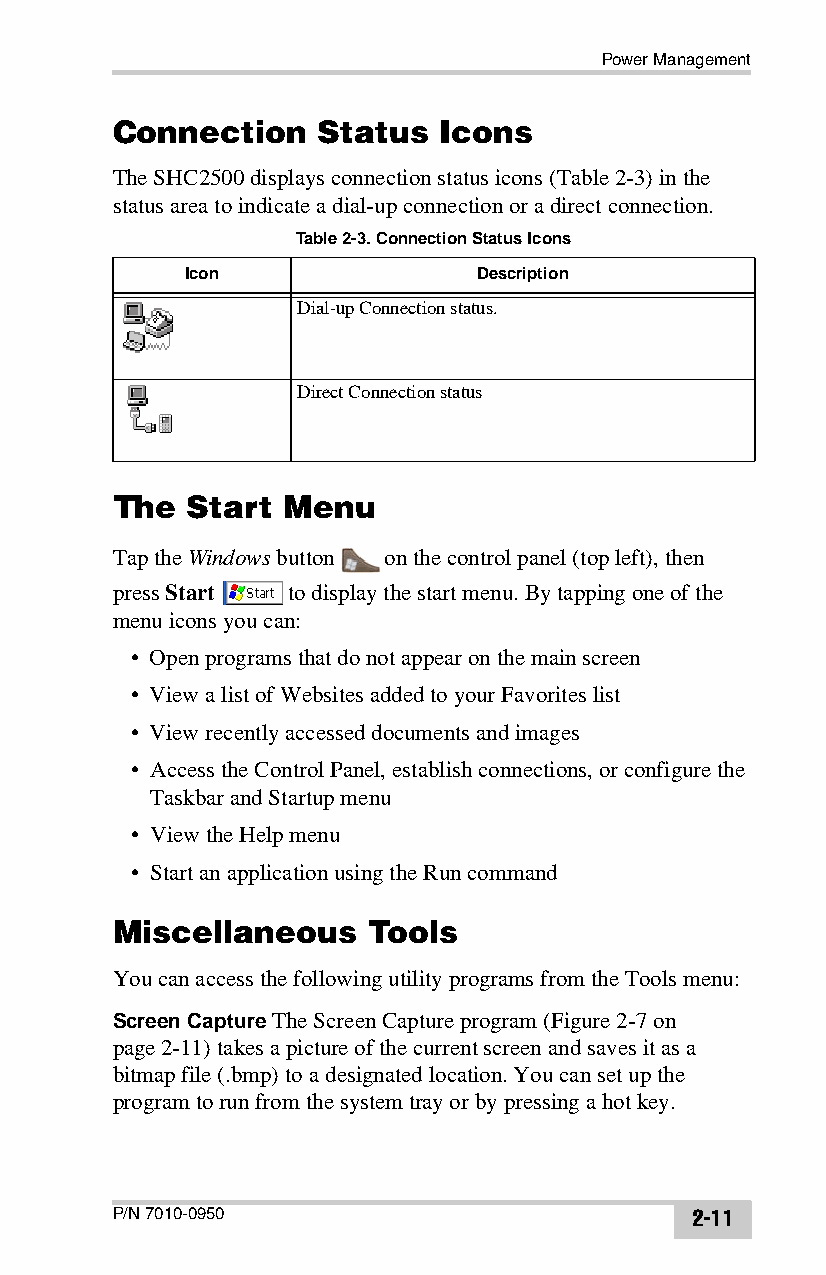
Power Management
 Connection    Status  Icons
 The SHC2500 displays connection status icons (Table2-3) in the
 status area to indicate a dial-up connection or a direct connection.
 Table 2-3. Connection Status Icons
 Icon               Description
 Dial-up Connection status.
 Direct Connection status
 The  Start  Menu
 Tap the Windows button on the control panel (top left), then
 press Start to display the start menu. By tapping one of the
 menu icons you can:
 • Open programs that do not appear on the main screen
 • View a list of Websites added to your Favorites list
 • View recently accessed documents and images
 • Access the Control Panel, establish connections, or configure the
 Taskbar and Startup menu
 • View the Help menu
 • Start an application using the Run command
 Miscellaneous    Tools
 You can access the following utility programs from the Tools menu:
 Screen Capture The Screen Capture program (Figure2-7 on
 page2-11) takes a picture of the current screen and saves it as a
 bitmap file (.bmp) to a designated location. You can set up the
 program to run from the system tray or by pressing a hot key.
 P/N 7010-0950                          2-11